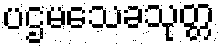
ပဌမသေခသုတ္တ